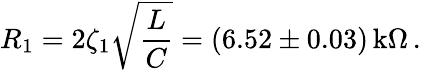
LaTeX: R_{1}=2\zeta_{1}\sqrt{\frac{L}{C}}=(6.52\pm 0.03)\, \textrm{k}\Omega\, .